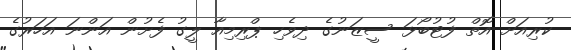
ކުރިއަށް އޮތް ފުޓުބޯޅަ ސީޒަނުގެ ދިވެހި ޕްރިމިއާ ލީގު ފެށުން އަންނަ އަހަރުގެ